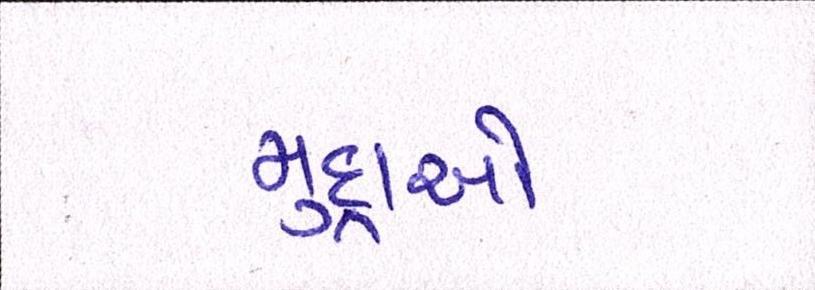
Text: મુદ્દાઓ